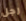
رجل